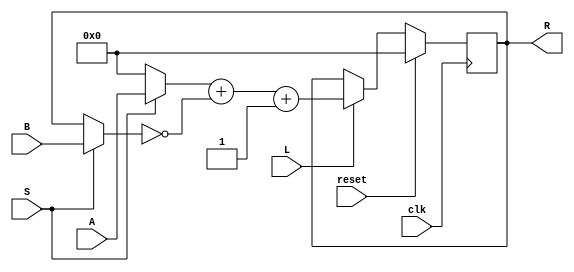
/*******************************************************************************
 *
 * the data path to compute R=|A-B|
 *
 ******************************************************************************/

module data_path (A, B, L, S, R, reset, clk);
	input	[7:0]	A, B;
	input			L, S;
	output	[7:0]	R;
	input			reset;
	input			clk;

	wire	[7:0]	X = (S)? A: 7'h0;
	wire	[7:0]	Y = (S)? B: R;
	wire	[7:0]	D = X + (~Y) + 1'b1;

	reg		[7:0]	R;
	always @(posedge clk) begin
		if (reset)
			R <= 7'h0;
		else
			R <= (L)? D: R;
	end
endmodule